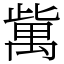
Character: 歶